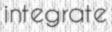
integrate